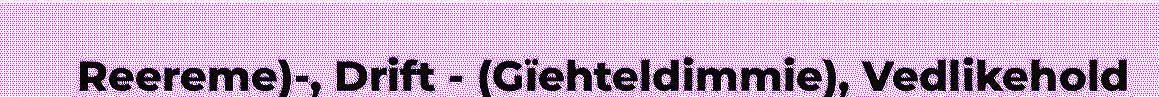
Reereme)-, Drift - (Gïehteldimmie), Vedlikehold